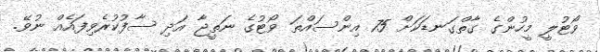
ވޯޓުލީ މީހުންގެ ގާތްގަނޑަކަށް 75 އިންސައްތަ ވޯޓުގެ ނަތީޖާ އަދި ސާފުކުރެވިފައެއް ނުވޭ.